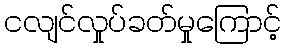
ငလျင်လှုပ်ခတ်မှုကြောင့်